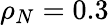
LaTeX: \rho_{N}=0.3